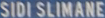
SIDI SLIMANE